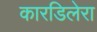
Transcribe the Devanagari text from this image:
कारडिलेरा